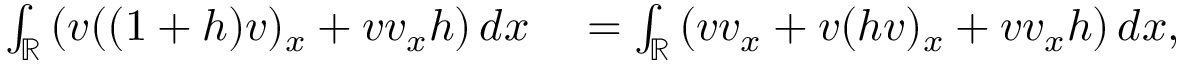
\begin{array} { r l } { \int _ { \mathbb R } \left( v ( ( 1 + h ) v ) _ { x } + v v _ { x } h \right) d x } & { { } = \int _ { \mathbb R } \left( v v _ { x } + v ( h v ) _ { x } + v v _ { x } h \right) d x , } \end{array}